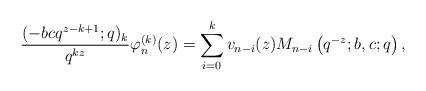
LaTeX: \begin{align*} {(-bcq^{z-k+1};q)_k\over q^{kz}}\varphi_n^{(k)}(z)=\sum_{i=0}^{k}v_{n-i}(z)M_{n-i}\left(q^{-z};b,c;q\right), \end{align*}